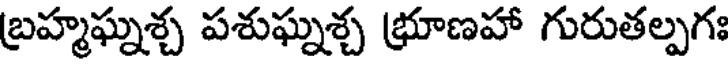
బ్రహ్మఘ్నశ్చ పశుఘ్నశ్చ భ్రూణహా గురుతల్పగః